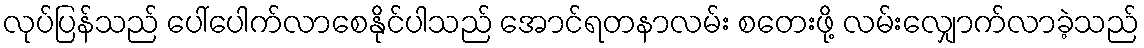
လုပ်ပြန်သည် ပေါ်ပေါက်လာစေနိုင်ပါသည် အောင်ရတနာလမ်း စတေးဖို့ လမ်းလျှောက်လာခဲ့သည်